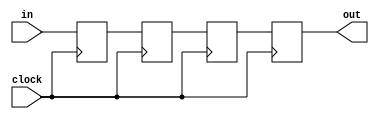
module siso(in,clock,out);
  input in, clock;
  output out;
  reg q0,q1,q2,q3;
  assign out = q3;
  always @(posedge clock)begin
    q3<=q2;
    q2<=q1;
    q1<=q0;
    q0<=in;
  end
endmodule